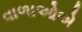
વાળાઓએ